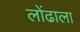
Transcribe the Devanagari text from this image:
लोंढाला